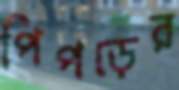
পিপড়ের